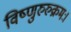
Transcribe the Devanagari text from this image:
विष्णुरुरुक्रमः।